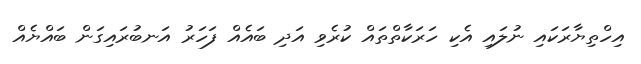
އިހްތިޔާރަކައި ނުލައި އެކި ހަރަކާތްތައް ކުރެވި އަދި ބައެއް ފަހަރު އަނބުރައިގަން ބައްޔެއް